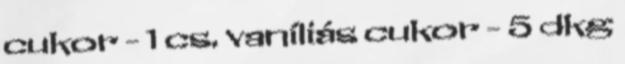
cukor - 1 cs. vaníliás cukor - 5 dkg